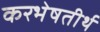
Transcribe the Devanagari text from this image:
करभेषतीर्थ